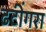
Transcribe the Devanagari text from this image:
ढटींगरा